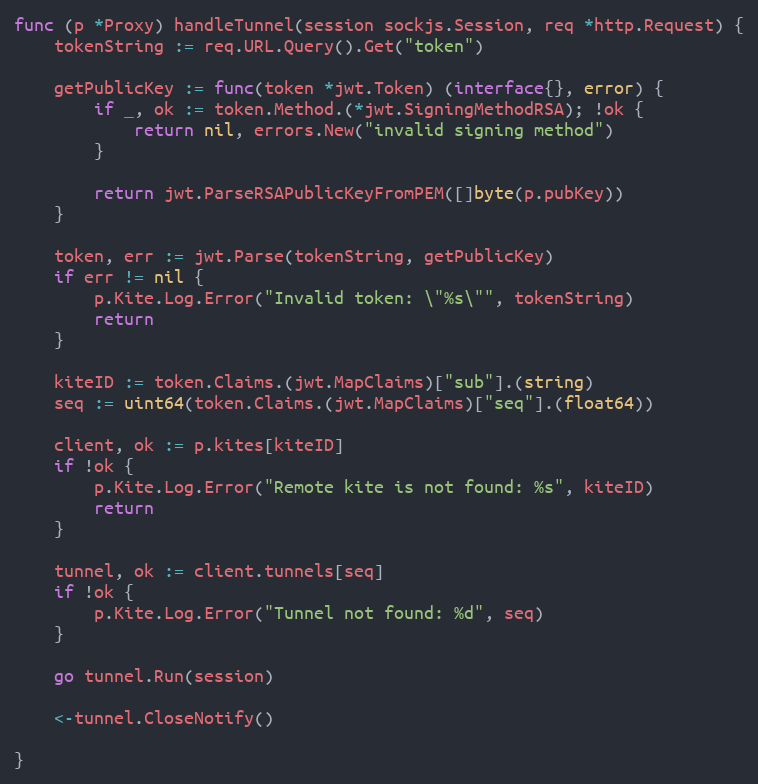
Language: Go
func (p *Proxy) handleTunnel(session sockjs.Session, req *http.Request) {
	tokenString := req.URL.Query().Get("token")

	getPublicKey := func(token *jwt.Token) (interface{}, error) {
		if _, ok := token.Method.(*jwt.SigningMethodRSA); !ok {
			return nil, errors.New("invalid signing method")
		}

		return jwt.ParseRSAPublicKeyFromPEM([]byte(p.pubKey))
	}

	token, err := jwt.Parse(tokenString, getPublicKey)
	if err != nil {
		p.Kite.Log.Error("Invalid token: \"%s\"", tokenString)
		return
	}

	kiteID := token.Claims.(jwt.MapClaims)["sub"].(string)
	seq := uint64(token.Claims.(jwt.MapClaims)["seq"].(float64))

	client, ok := p.kites[kiteID]
	if !ok {
		p.Kite.Log.Error("Remote kite is not found: %s", kiteID)
		return
	}

	tunnel, ok := client.tunnels[seq]
	if !ok {
		p.Kite.Log.Error("Tunnel not found: %d", seq)
	}

	go tunnel.Run(session)

	<-tunnel.CloseNotify()

}